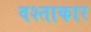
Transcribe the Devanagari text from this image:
वश्ताकार